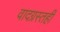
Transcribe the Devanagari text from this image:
वादग्रस्तही